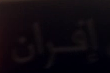
إِفران